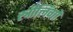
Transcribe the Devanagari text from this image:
स्त्रीलिंगों